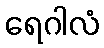
ရေဂါလံ